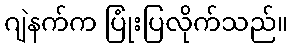
ဂျဲနက်က ပြုံးပြလိုက်သည်။